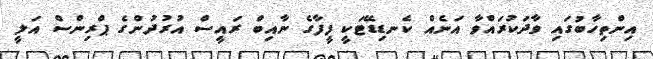
އިންތިހާބުގައި ވާދަކުރައްވާ އަނެއް ކެނޑިޑޭޓަކީ ފީފާގެ ނާއިބް ރައީސް އުރުދުންގެ ޕްރިންސް އަލީ